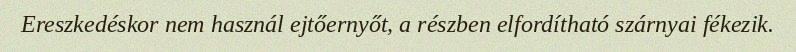
Ereszkedéskor nem használ ejtőernyőt, a részben elfordítható szárnyai fékezik.